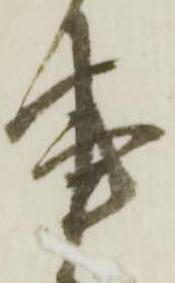
事